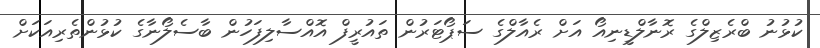
ކުޅުނު ބްރެޒިލްގެ ރޮނާލްޑީނިއޯ އަށް ރެއާލްގެ ސަޕޯޓަރުން ތައުރީފް އޮއްސާލިފަހުން ބާސެލޯނާގެ ކުޅުންތެރިއަކަށް